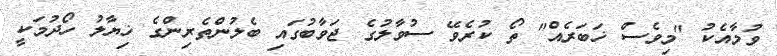
ވުމާއެކު "މިވެސް ޚަބަރެއް" ތޯ ކުރެވޭ ސުވާލުގެ ޖަވާބުގައި ބެލުންތެރިންގެ ޚިޔާލު ހޯދުމަކީ